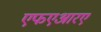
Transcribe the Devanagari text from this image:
एफएआरए